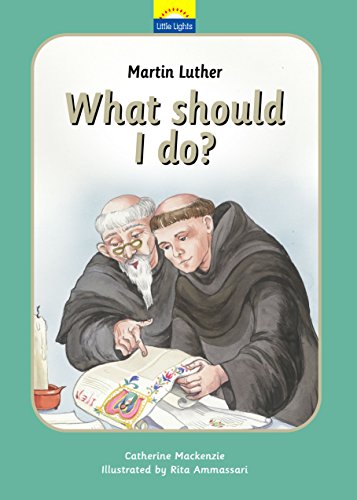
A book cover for Martin Luther: What should I do? (Little Lights); Catherine MacKenzie; Children's Books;